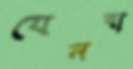
যেনবা